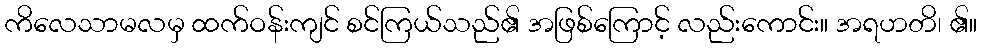
ကိလေသာမလမှ ထက်ဝန်းကျင် စင်ကြယ်သည်၏ အဖြစ်ကြောင့် လည်းကောင်း။ အရဟတိ၊ ၏။